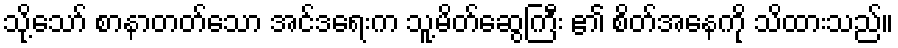
သို့သော် စာနာတတ်သော အင်ဒရေးက သူ့မိတ်ဆွေကြီး ၏ စိတ်အနေကို သိထားသည်။